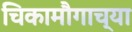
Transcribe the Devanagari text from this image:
चिकामौगाच्या